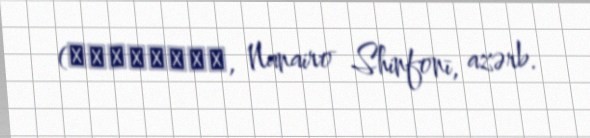
(七色シンフォニー, Nanairo Shinfonī, azərb.